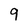
Character: 9